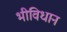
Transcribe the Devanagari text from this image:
भीविधान